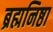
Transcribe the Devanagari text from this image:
ब्रह्मनिष्ठा